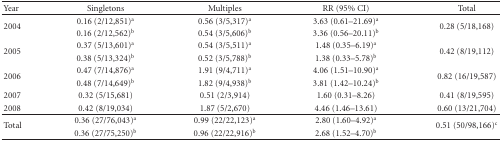
| Year | Singletons | Multiples | RR (95% CI) | Total |
 | --- | --- | --- | --- | --- |
 | <ROWSPAN=2> 2004 | 0.16 (2/12,851)a | 0.56 (3/5,317)a | 3.63 (0.61–21.69)a | <ROWSPAN=2> 0.28 (5/18,168) |
 | 0.16 (2/12,562)b | 0.54 (3/5,606)b | 3.36 (0.56–20.11)b |
 | <ROWSPAN=2> 2005 | 0.37 (5/13,601)a | 0.54 (3/5,511)a | 1.48 (0.35–6.19)a | <ROWSPAN=2> 0.42 (8/19,112) |
 | 0.38 (5/13,324)b | 0.52 (3/5,788)b | 1.38 (0.33–5.78)b |
 | <ROWSPAN=2> 2006 | 0.47 (7/14,876)a | 1.91 (9/4,711)a | 4.06 (1.51–10.90)a | <ROWSPAN=2> 0.82 (16/19,587) |
 | 0.48 (7/14,649)b | 1.82 (9/4,938)b | 3.81 (1.42–10.24)b |
 | 2007 | 0.32 (5/15,681) | 0.51 (2/3,914) | 1.60 (0.31–8.26) | 0.41 (8/19,595) |
 | 2008 | 0.42 (8/19,034) | 1.87 (5/2,670) | 4.46 (1.46–13.61) | 0.60 (13/21,704) |
 | <ROWSPAN=2> Total | 0.36 (27/76,043)a | 0.99 (22/22,123)a | 2.80 (1.60–4.92)a | <ROWSPAN=2> 0.51 (50/98,166)c |
 | 0.36 (27/75,250)b | 0.96 (22/22,916)b | 2.68 (1.52–4.70)b |